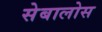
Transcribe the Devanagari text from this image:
सेबालोस